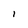
Character: l